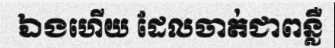
ឯងហើយ ដែលចាត់ជាពន្លឺ